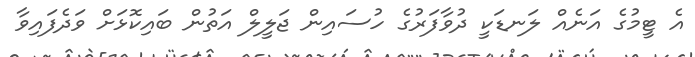
އެ ޓީމުގެ އަނެއް ލަނޑަކީ ދުވާފަރުގެ ހުސައިން ޖަލީލް އަތުން ބައިކޮޅަށް ވަދެފައިވާ